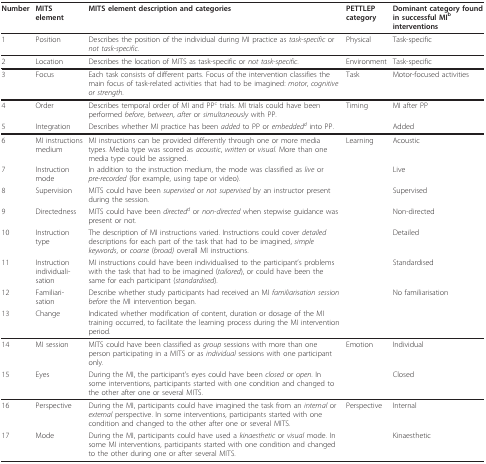
<table><thead><tr><td><b>Number</b></td><td><b>MITS element</b></td><td><b>MITS element description and categories</b></td><td><b>PETTLEP category</b></td><td><b>Dominant category found in successful MI<sup>b </sup>interventions</b></td></tr></thead><tbody><tr><td>1</td><td>Position</td><td>Describes the position of the individual during MI practice as <i>task</i>-<i>specific </i>or <i>not task</i>-<i>specific</i>.</td><td>Physical</td><td>Task-specific</td></tr><tr><td>2</td><td>Location</td><td>Describes the location of MITS as task-specific or <i>not task</i>-<i>specific</i>.</td><td>Environment</td><td>Task-specific</td></tr><tr><td>3</td><td>Focus</td><td>Each task consists of different parts. Focus of the intervention classifies the main focus of task-related activities that had to be imagined: <i>motor</i>, <i>cognitive or strength</i>.</td><td>Task</td><td>Motor-focused activities</td></tr><tr><td>4</td><td>Order</td><td>Describes temporal order of MI and PP<sup>c </sup>trials. MI trials could have been performed <i>before</i>, <i>between</i>, <i>after </i>or <i>simultaneously </i>with PP.</td><td>Timing</td><td>MI after PP</td></tr><tr><td>5</td><td>Integration</td><td>Describes whether MI practice has been <i>added </i>to PP or <i>embedded</i><sup><i>d </i></sup>into PP.</td><td></td><td>Added</td></tr><tr><td>6</td><td>MI instructions medium</td><td>MI instructions can be provided differently through one or more media types. Media type was scored as <i>acoustic</i>, <i>written </i>or <i>visual</i>. More than one media type could be assigned.</td><td>Learning</td><td>Acoustic</td></tr><tr><td>7</td><td>Instruction mode</td><td>In addition to the instruction medium, the mode was classified as <i>live </i>or <i>pre</i>-<i>recorded </i>(for example, using tape or video).</td><td></td><td>Live</td></tr><tr><td>8</td><td>Supervision</td><td>MITS could have been <i>supervised </i>or <i>not supervised </i>by an instructor present during the session.</td><td></td><td>Supervised</td></tr><tr><td>9</td><td>Directedness</td><td>MITS could have been <i>directed</i><sup><i>d </i></sup>or <i>non-directed </i>when stepwise guidance was present or not.</td><td></td><td>Non-directed</td></tr><tr><td>10</td><td>Instruction type</td><td>The description of MI instructions varied. Instructions could cover <i>detailed </i>descriptions for each part of the task that had to be imagined, <i>simple keywords</i>, or <i>coarse </i>(<i>broad) </i>overall MI instructions.</td><td></td><td>Detailed</td></tr><tr><td>11</td><td>Instruction individuali-sation</td><td>MI instructions could have been individualised to the participant&#x27;s problems with the task that had to be imagined (<i>tailored</i>), or could have been the same for each participant (<i>standardised</i>).</td><td></td><td>Standardised</td></tr><tr><td>12</td><td>Familiari-sation</td><td>Describe whether study participants had received an MI <i>familiarisation session before </i>the MI intervention began.</td><td></td><td>No familiarisation</td></tr><tr><td>13</td><td>Change</td><td>Indicated whether modification of content, duration or dosage of the MI training occurred, to facilitate the learning process during the MI intervention period.</td><td></td><td></td></tr><tr><td>14</td><td>MI session</td><td>MITS could have been classified as <i>group </i>sessions with more than one person participating in a MITS or as <i>individual </i>sessions with one participant only.</td><td>Emotion</td><td>Individual</td></tr><tr><td>15</td><td>Eyes</td><td>During the MI, the participant&#x27;s eyes could have been <i>closed </i>or <i>open</i>. In some interventions, participants started with one condition and changed to the other after one or several MITS.</td><td></td><td>Closed</td></tr><tr><td>16</td><td>Perspective</td><td>During the MI, participants could have imagined the task from an <i>internal </i>or <i>external </i>perspective. In some interventions, participants started with one condition and changed to the other after one or several MITS.</td><td>Perspective</td><td>Internal</td></tr><tr><td>17</td><td>Mode</td><td>During the MI, participants could have used a <i>kinaesthetic </i>or <i>visual </i>mode. In some MI interventions, participants started with one condition and changed to the other during one or after several MITS.</td><td></td><td>Kinaesthetic</td></tr></tbody></table>